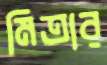
মিত্রার